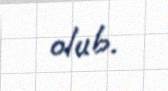
olub.